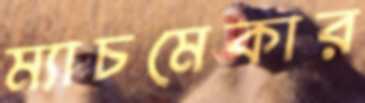
ম্যাচমেকার